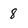
Character: 8